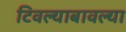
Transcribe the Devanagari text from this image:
टिवल्याबावल्या